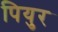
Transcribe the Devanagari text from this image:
पियुर